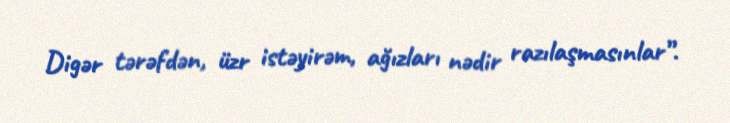
Digər tərəfdən, üzr istəyirəm, ağızları nədir razılaşmasınlar”.